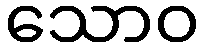
သောဝ